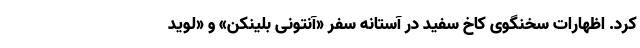
کرد. اظهارات سخنگوی کاخ سفید در آستانه سفر «آنتونی بلینکن» و «لوید